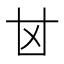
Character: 𠀠